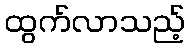
ထွက်လာသည့်